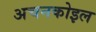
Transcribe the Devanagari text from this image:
अचनकोइल